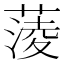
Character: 蔆